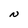
Character: N